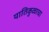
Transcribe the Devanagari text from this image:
यातिकुळाचा